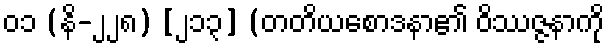
၀၁ (နိ-၂၂၈) [၂၁၃] (တတိယစောဒနာ၏ ဝိဿဇ္ဇနာကို